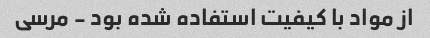
از مواد با کیفیت استفاده شده بود - مرسی